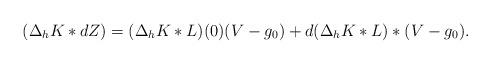
LaTeX: \begin{align*}(\Delta_h K *dZ) &= (\Delta_h K*L)(0) (V - g_0) + d(\Delta_h K*L)*(V-g_0). \end{align*}